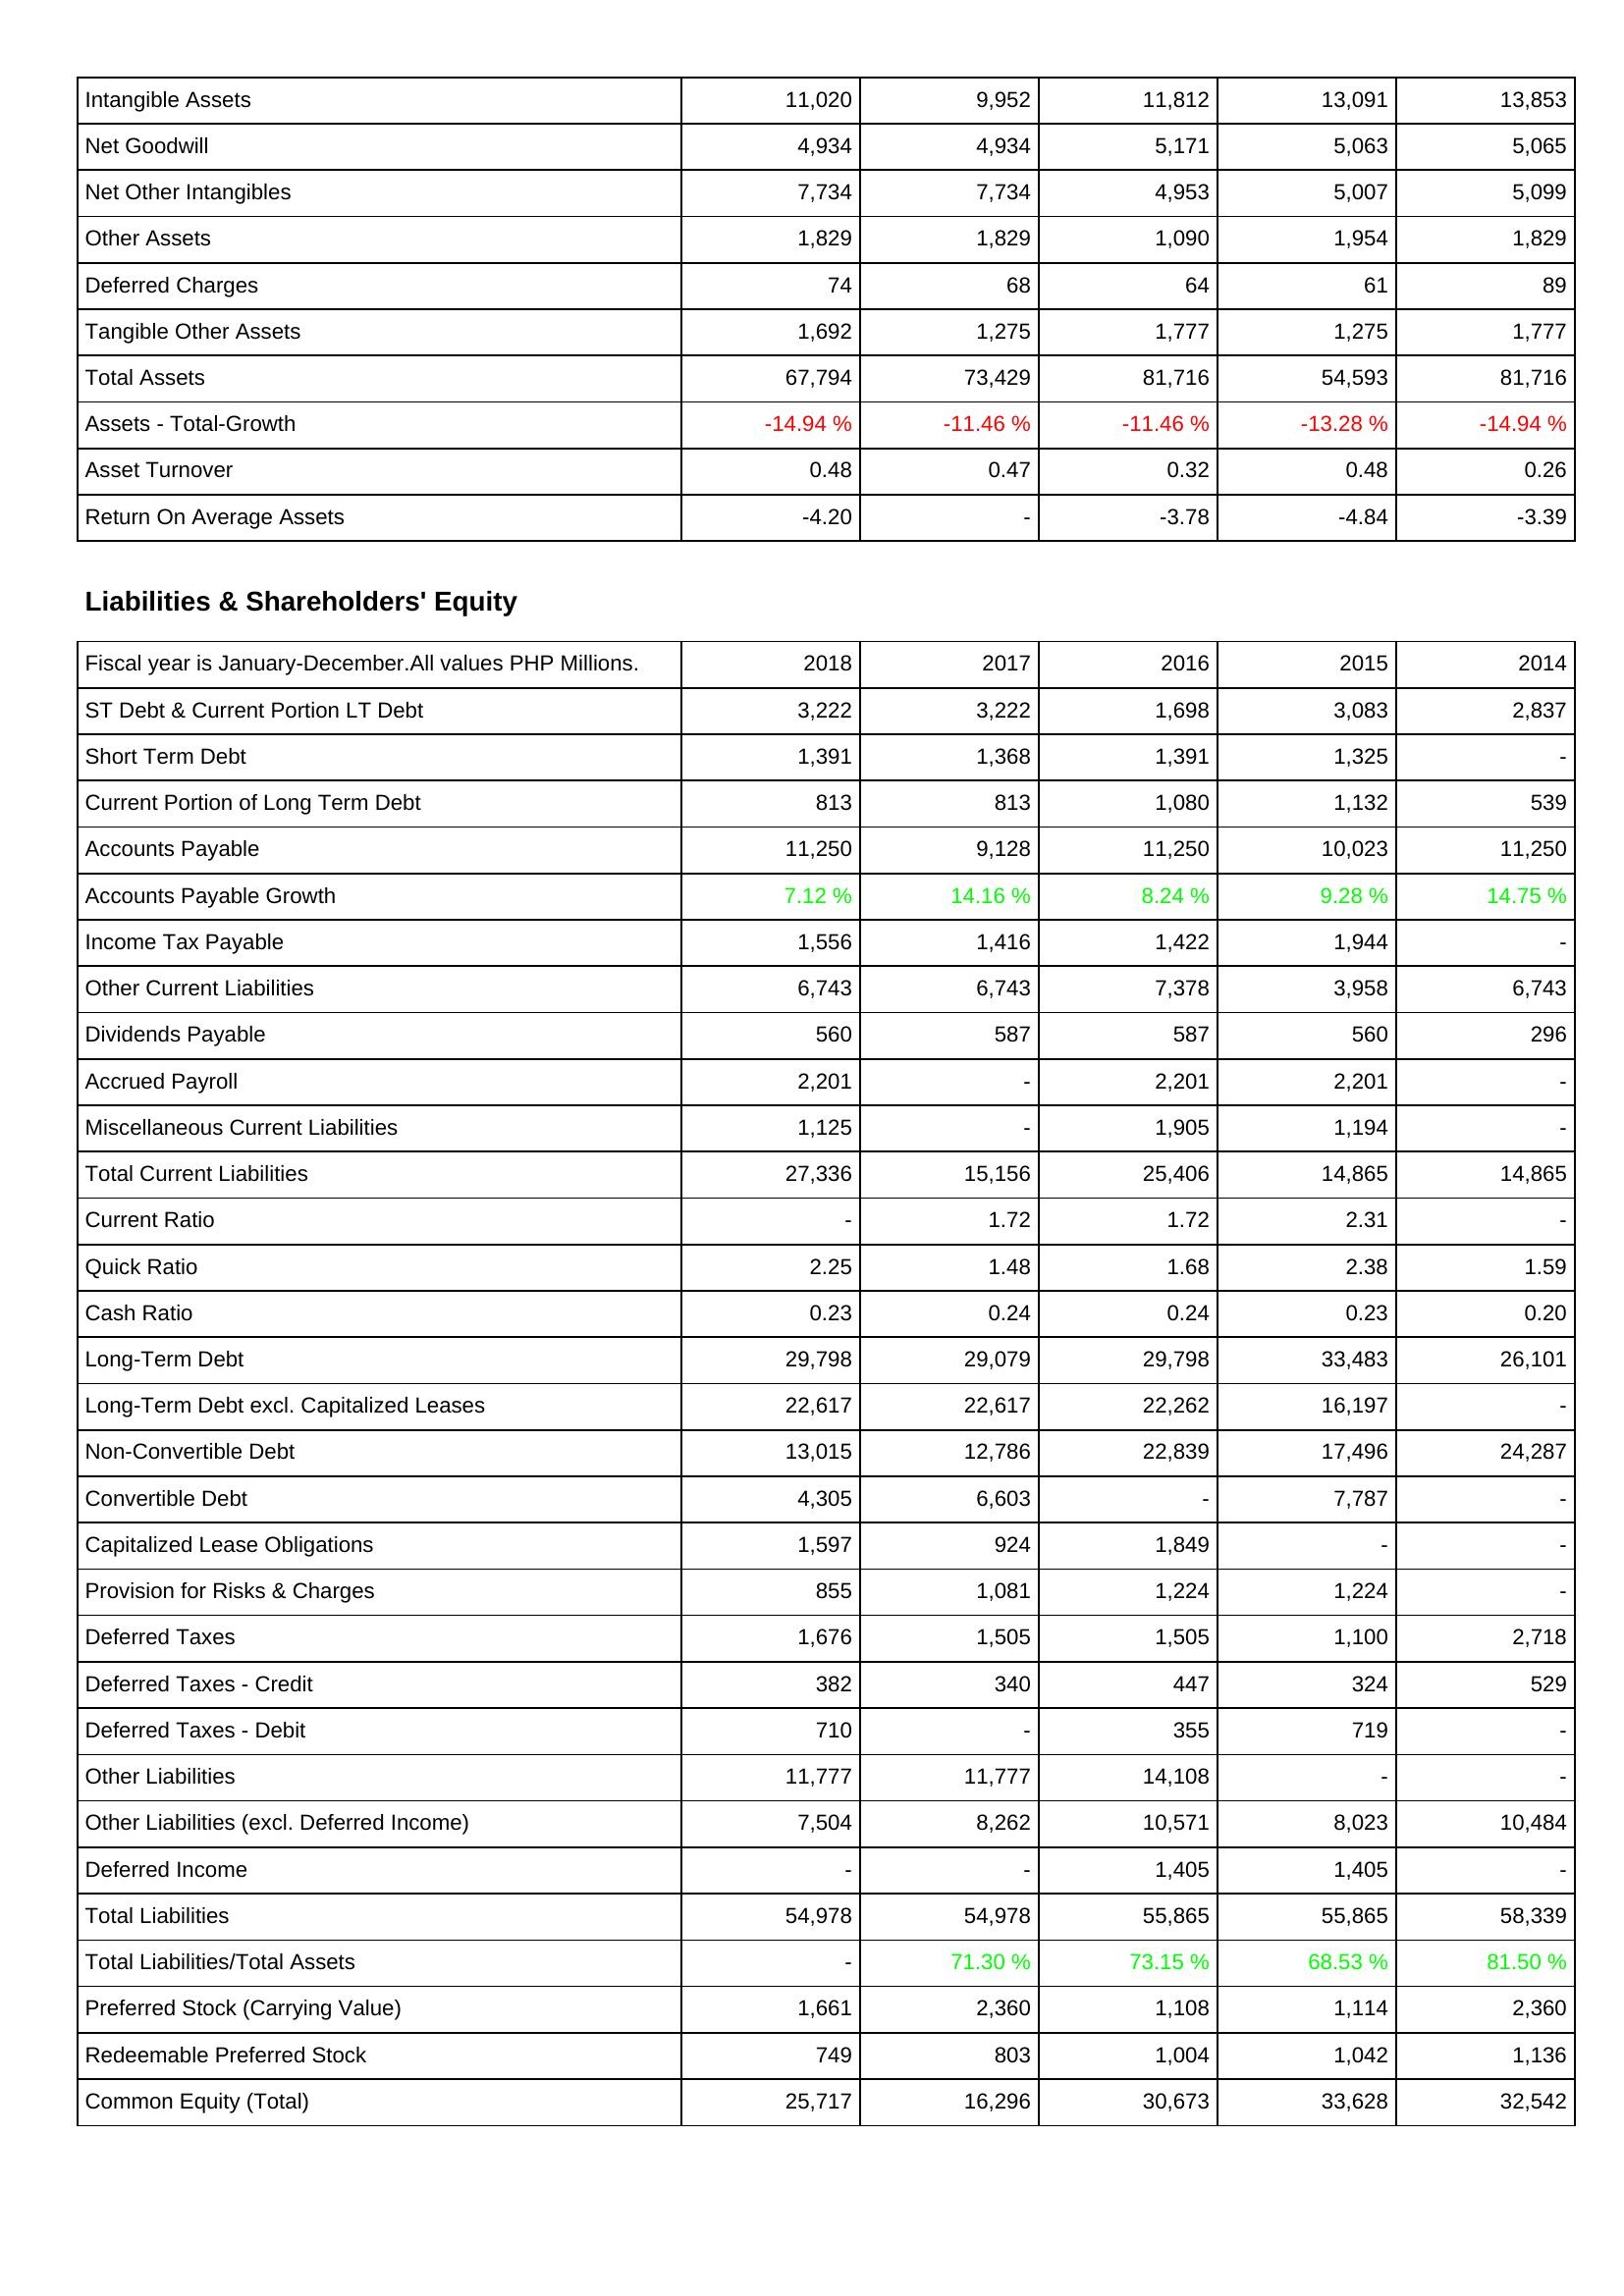
2018: Assets: Intangible Assets: 11,020
Net Goodwill: 4,934
Net Other Intangibles: 7,734
Other Assets: 1,829
Deferred Charges: 74
Tangible Other Assets: 1,692
Total Assets: 67,794
Assets - Total-Growth: -14.94 %
Asset Turnover: 0.48
Return On Average Assets: -4.20
Liabilities & Shareholders' Equity: ST Debt & Current Portion LT Debt: 3,222
Short Term Debt: 1,391
Current Portion of Long Term Debt: 813
Accounts Payable: 11,250
Accounts Payable Growth: 7.12 %
Income Tax Payable: 1,556
Other Current Liabilities: 6,743
Dividends Payable: 560
Accrued Payroll: 2,201
Miscellaneous Current Liabilities: 1,125
Total Current Liabilities: 27,336
Current Ratio: -
Quick Ratio: 2.25
Cash Ratio: 0.23
Long-Term Debt: 29,798
Long-Term Debt excl. Capitalized Leases: 22,617
Non-Convertible Debt: 13,015
Convertible Debt: 4,305
Capitalized Lease Obligations: 1,597
Provision for Risks & Charges: 855
Deferred Taxes: 1,676
Deferred Taxes - Credit: 382
Deferred Taxes - Debit: 710
Other Liabilities: 11,777
Other Liabilities (excl. Deferred Income): 7,504
Deferred Income: -
Total Liabilities: 54,978
Total Liabilities/Total Assets: -
Preferred Stock (Carrying Value): 1,661
Redeemable Preferred Stock: 749
Common Equity (Total): 25,717
2017: Assets: Intangible Assets: 9,952
Net Goodwill: 4,934
Net Other Intangibles: 7,734
Other Assets: 1,829
Deferred Charges: 68
Tangible Other Assets: 1,275
Total Assets: 73,429
Assets - Total-Growth: -11.46 %
Asset Turnover: 0.47
Return On Average Assets: -
Liabilities & Shareholders' Equity: ST Debt & Current Portion LT Debt: 3,222
Short Term Debt: 1,368
Current Portion of Long Term Debt: 813
Accounts Payable: 9,128
Accounts Payable Growth: 14.16 %
Income Tax Payable: 1,416
Other Current Liabilities: 6,743
Dividends Payable: 587
Accrued Payroll: -
Miscellaneous Current Liabilities: -
Total Current Liabilities: 15,156
Current Ratio: 1.72
Quick Ratio: 1.48
Cash Ratio: 0.24
Long-Term Debt: 29,079
Long-Term Debt excl. Capitalized Leases: 22,617
Non-Convertible Debt: 12,786
Convertible Debt: 6,603
Capitalized Lease Obligations: 924
Provision for Risks & Charges: 1,081
Deferred Taxes: 1,505
Deferred Taxes - Credit: 340
Deferred Taxes - Debit: -
Other Liabilities: 11,777
Other Liabilities (excl. Deferred Income): 8,262
Deferred Income: -
Total Liabilities: 54,978
Total Liabilities/Total Assets: 71.30 %
Preferred Stock (Carrying Value): 2,360
Redeemable Preferred Stock: 803
Common Equity (Total): 16,296
2016: Assets: Intangible Assets: 11,812
Net Goodwill: 5,171
Net Other Intangibles: 4,953
Other Assets: 1,090
Deferred Charges: 64
Tangible Other Assets: 1,777
Total Assets: 81,716
Assets - Total-Growth: -11.46 %
Asset Turnover: 0.32
Return On Average Assets: -3.78
Liabilities & Shareholders' Equity: ST Debt & Current Portion LT Debt: 1,698
Short Term Debt: 1,391
Current Portion of Long Term Debt: 1,080
Accounts Payable: 11,250
Accounts Payable Growth: 8.24 %
Income Tax Payable: 1,422
Other Current Liabilities: 7,378
Dividends Payable: 587
Accrued Payroll: 2,201
Miscellaneous Current Liabilities: 1,905
Total Current Liabilities: 25,406
Current Ratio: 1.72
Quick Ratio: 1.68
Cash Ratio: 0.24
Long-Term Debt: 29,798
Long-Term Debt excl. Capitalized Leases: 22,262
Non-Convertible Debt: 22,839
Convertible Debt: -
Capitalized Lease Obligations: 1,849
Provision for Risks & Charges: 1,224
Deferred Taxes: 1,505
Deferred Taxes - Credit: 447
Deferred Taxes - Debit: 355
Other Liabilities: 14,108
Other Liabilities (excl. Deferred Income): 10,571
Deferred Income: 1,405
Total Liabilities: 55,865
Total Liabilities/Total Assets: 73.15 %
Preferred Stock (Carrying Value): 1,108
Redeemable Preferred Stock: 1,004
Common Equity (Total): 30,673
2015: Assets: Intangible Assets: 13,091
Net Goodwill: 5,063
Net Other Intangibles: 5,007
Other Assets: 1,954
Deferred Charges: 61
Tangible Other Assets: 1,275
Total Assets: 54,593
Assets - Total-Growth: -13.28 %
Asset Turnover: 0.48
Return On Average Assets: -4.84
Liabilities & Shareholders' Equity: ST Debt & Current Portion LT Debt: 3,083
Short Term Debt: 1,325
Current Portion of Long Term Debt: 1,132
Accounts Payable: 10,023
Accounts Payable Growth: 9.28 %
Income Tax Payable: 1,944
Other Current Liabilities: 3,958
Dividends Payable: 560
Accrued Payroll: 2,201
Miscellaneous Current Liabilities: 1,194
Total Current Liabilities: 14,865
Current Ratio: 2.31
Quick Ratio: 2.38
Cash Ratio: 0.23
Long-Term Debt: 33,483
Long-Term Debt excl. Capitalized Leases: 16,197
Non-Convertible Debt: 17,496
Convertible Debt: 7,787
Capitalized Lease Obligations: -
Provision for Risks & Charges: 1,224
Deferred Taxes: 1,100
Deferred Taxes - Credit: 324
Deferred Taxes - Debit: 719
Other Liabilities: -
Other Liabilities (excl. Deferred Income): 8,023
Deferred Income: 1,405
Total Liabilities: 55,865
Total Liabilities/Total Assets: 68.53 %
Preferred Stock (Carrying Value): 1,114
Redeemable Preferred Stock: 1,042
Common Equity (Total): 33,628
2014: Assets: Intangible Assets: 13,853
Net Goodwill: 5,065
Net Other Intangibles: 5,099
Other Assets: 1,829
Deferred Charges: 89
Tangible Other Assets: 1,777
Total Assets: 81,716
Assets - Total-Growth: -14.94 %
Asset Turnover: 0.26
Return On Average Assets: -3.39
Liabilities & Shareholders' Equity: ST Debt & Current Portion LT Debt: 2,837
Short Term Debt: -
Current Portion of Long Term Debt: 539
Accounts Payable: 11,250
Accounts Payable Growth: 14.75 %
Income Tax Payable: -
Other Current Liabilities: 6,743
Dividends Payable: 296
Accrued Payroll: -
Miscellaneous Current Liabilities: -
Total Current Liabilities: 14,865
Current Ratio: -
Quick Ratio: 1.59
Cash Ratio: 0.20
Long-Term Debt: 26,101
Long-Term Debt excl. Capitalized Leases: -
Non-Convertible Debt: 24,287
Convertible Debt: -
Capitalized Lease Obligations: -
Provision for Risks & Charges: -
Deferred Taxes: 2,718
Deferred Taxes - Credit: 529
Deferred Taxes - Debit: -
Other Liabilities: -
Other Liabilities (excl. Deferred Income): 10,484
Deferred Income: -
Total Liabilities: 58,339
Total Liabilities/Total Assets: 81.50 %
Preferred Stock (Carrying Value): 2,360
Redeemable Preferred Stock: 1,136
Common Equity (Total): 32,542